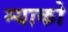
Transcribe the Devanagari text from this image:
म्याको